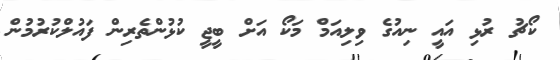
ކޯޗު ރުޅި އައީ ނިއުގެ ވިލިއަމް މަކޯ އަށް ބީޖީ ކުޅުންތެރިން ފައުލްކުރުމުން